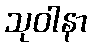
သုဝါနာ